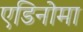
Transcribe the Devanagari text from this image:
एडिनोमा